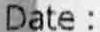
DATE :